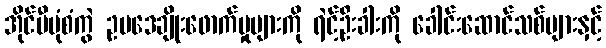
အိုင်ပီပုံစံကွဲ ဥပဒေချိုးဖောက်မှုများကို ရဲင့်ဦးခါးကို ခေါင်းဆောင်သစ်များနှင့်